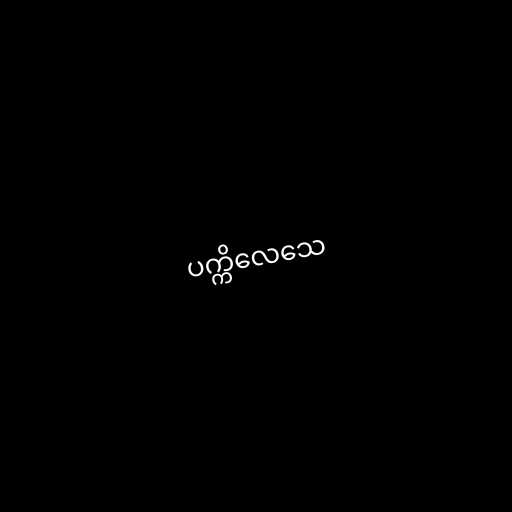
ပက္ကိလေသေ